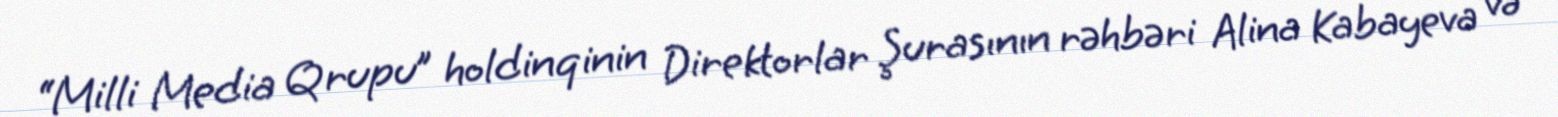
“Milli Media Qrupu” holdinqinin Direktorlar Şurasının rəhbəri Alina Kabayeva və